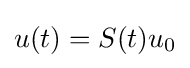
u(t)=S(t)u_{0}